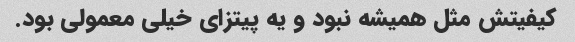
کیفیتش مثل همیشه نبود و یه پیتزای خیلی معمولی بود.